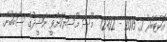
އޮކްޓޯބަރު 7